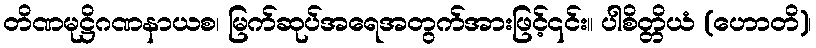
တိဏမုဋ္ဌိဂဏနာယစ၊ မြက်ဆုပ်အရေအတွက်အားဖြင့်၎င်း။ ပါစိတ္တိယံ (ဟောတိ)၊